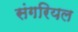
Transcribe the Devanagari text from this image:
संगरियल